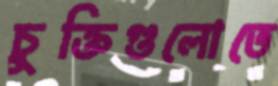
চুক্তিগুলোতে